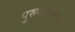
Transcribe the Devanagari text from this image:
पुरुषोत्तमाचे